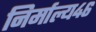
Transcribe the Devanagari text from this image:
निर्माल्य४६